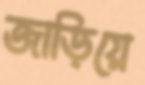
জাড়িয়ে